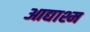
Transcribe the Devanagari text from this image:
आद्याश्म